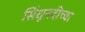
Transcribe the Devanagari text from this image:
सिंधूनदीच्या